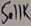
Text: 5.11K